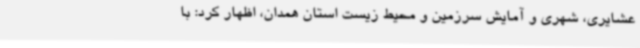
عشایری، شهری و آمایش سرزمین و محیط زیست استان همدان، اظهار کرد: با